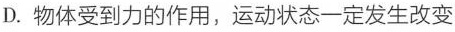
D. 物体受到力的作用，运动状态一定发生改变